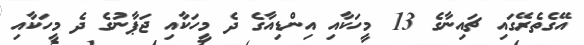
އޭގެތެރޭގައި ޗައިނާގެ 13 މީހަކާއި އިންޑިއާގެ ދެ މީހަކާއި ޖަޕާނުގެ ދެ މީހަކާއި